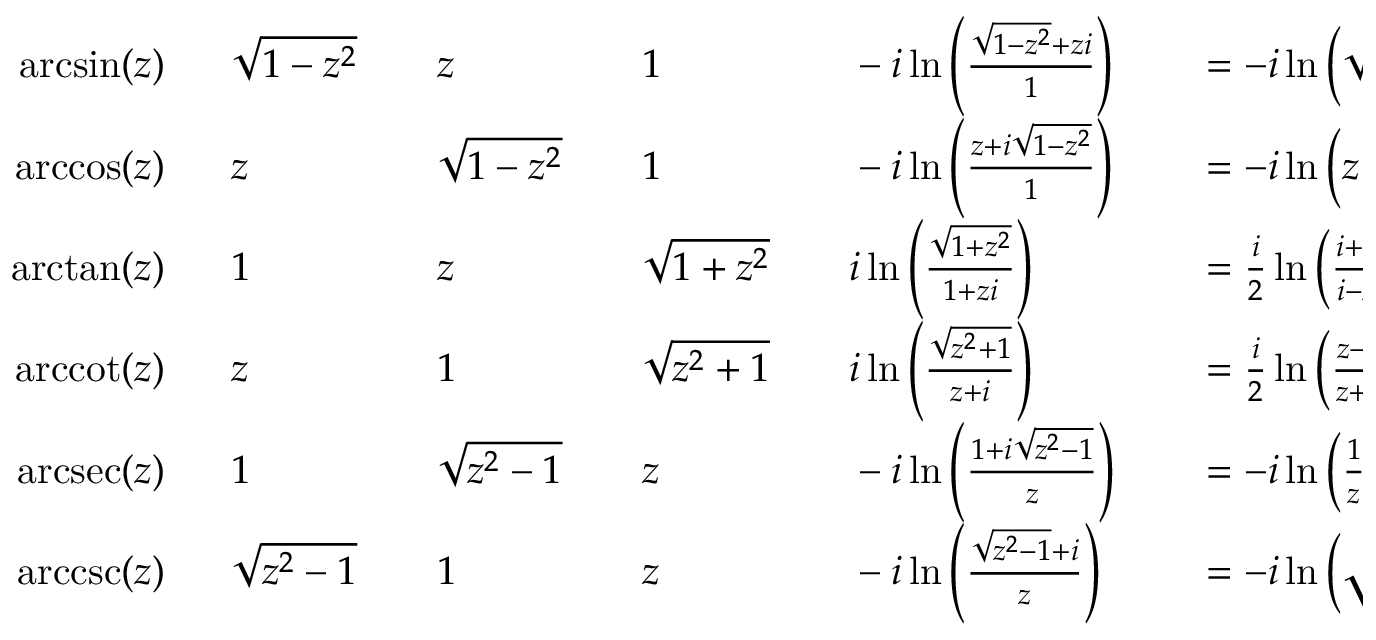
\begin{array} { r l r l r l r l r l r l } { \arcsin ( z ) \ \ } & { { } { \sqrt { 1 - z ^ { 2 } } } } & { } & { { } z } & { } & { { } 1 } & { } & { { } - i \ln \left( { \frac { { \sqrt { 1 - z ^ { 2 } } } + z i } { 1 } } \right) } & { } & { { } = - i \ln \left( { \sqrt { 1 - z ^ { 2 } } } + z i \right) } & { } & { { } \operatorname { I m } \left( \ln \left( { \sqrt { 1 - z ^ { 2 } } } + z i \right) \right) } \\ { \operatorname { a r c c o s } ( z ) \ \ } & { { } z } & { } & { { } { \sqrt { 1 - z ^ { 2 } } } } & { } & { { } 1 } & { } & { { } - i \ln \left( { \frac { z + i { \sqrt { 1 - z ^ { 2 } } } } { 1 } } \right) } & { } & { { } = - i \ln \left( z + { \sqrt { z ^ { 2 } - 1 } } \right) } & { } & { { } \operatorname { I m } \left( \ln \left( z + { \sqrt { z ^ { 2 } - 1 } } \right) \right) } \\ { \arctan ( z ) \ \ } & { { } 1 } & { } & { { } z } & { } & { { } { \sqrt { 1 + z ^ { 2 } } } } & { } & { { } i \ln \left( { \frac { \sqrt { 1 + z ^ { 2 } } } { 1 + z i } } \right) } & { } & { { } = { \frac { i } { 2 } } \ln \left( { \frac { i + z } { i - z } } \right) } & { } & { { } \operatorname { I m } \left( \ln \left( 1 + z i \right) \right) } \\ { \operatorname { a r c c o t } ( z ) \ \ } & { { } z } & { } & { { } 1 } & { } & { { } { \sqrt { z ^ { 2 } + 1 } } } & { } & { { } i \ln \left( { \frac { \sqrt { z ^ { 2 } + 1 } } { z + i } } \right) } & { } & { { } = { \frac { i } { 2 } } \ln \left( { \frac { z - i } { z + i } } \right) } & { } & { { } \operatorname { I m } \left( \ln \left( z + i \right) \right) } \\ { \operatorname { a r c s e c } ( z ) \ \ } & { { } 1 } & { } & { { } { \sqrt { z ^ { 2 } - 1 } } } & { } & { { } z } & { } & { { } - i \ln \left( { \frac { 1 + i { \sqrt { z ^ { 2 } - 1 } } } { z } } \right) } & { } & { { } = - i \ln \left( { \frac { 1 } { z } } + { \sqrt { { \frac { 1 } { z ^ { 2 } } } - 1 } } \right) } & { } & { { } \operatorname { I m } \left( \ln \left( 1 + { \sqrt { 1 - z ^ { 2 } } } \right) \right) } \\ { \operatorname { a r c c s c } ( z ) \ \ } & { { } { \sqrt { z ^ { 2 } - 1 } } } & { } & { { } 1 } & { } & { { } z } & { } & { { } - i \ln \left( { \frac { { \sqrt { z ^ { 2 } - 1 } } + i } { z } } \right) } & { } & { { } = - i \ln \left( { \sqrt { 1 - { \frac { 1 } { z ^ { 2 } } } } } + { \frac { i } { z } } \right) } & { } & { { } \operatorname { I m } \left( \ln \left( { \sqrt { z ^ { 2 } - 1 } } + i \right) \right) } \end{array}